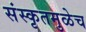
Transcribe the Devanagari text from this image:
संस्कृतमुळेच